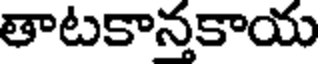
తాటకానకాయ